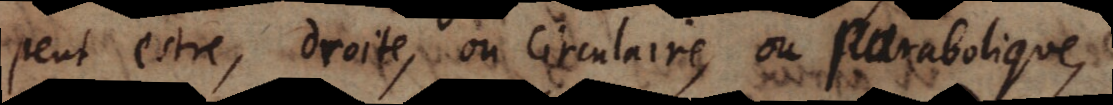
peut estre, droite, ou Circulaire, ou Parabolique,